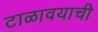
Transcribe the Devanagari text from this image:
टाळावयाची